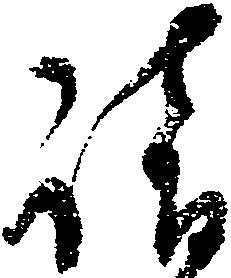
請